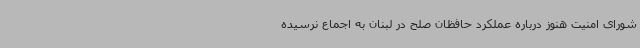
شورای امنیت هنوز درباره عملکرد حافظان صلح در لبنان به اجماع نرسیده